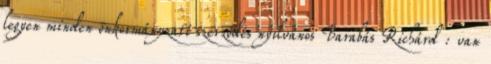
legyen minden önkormányzati szerződés nyilvános Barabás Richárd : van